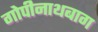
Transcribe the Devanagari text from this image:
गोपीनाथबाग